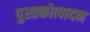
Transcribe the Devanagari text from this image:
पुस्तकोत्पादन